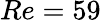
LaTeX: Re=59